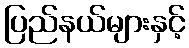
ပြည်နယ်များနှင့်